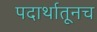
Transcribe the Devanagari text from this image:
पदार्थातूनच